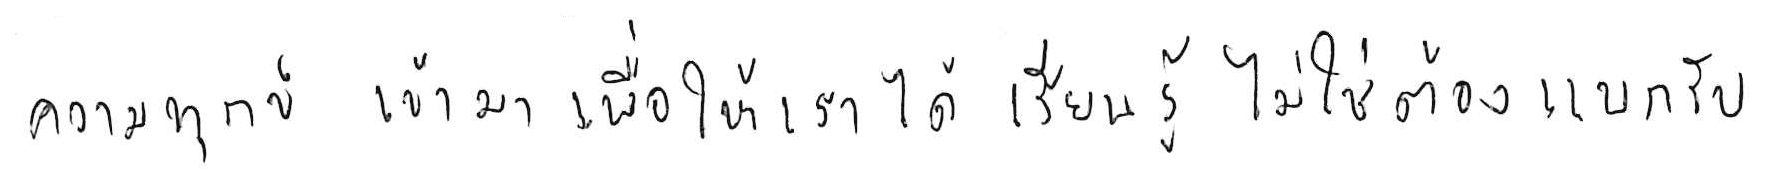
ความทุกข์ เข้ามาเพื่อให้เราได้ เรียนรู้ ไม่ใช่ต้อง แบกรับ